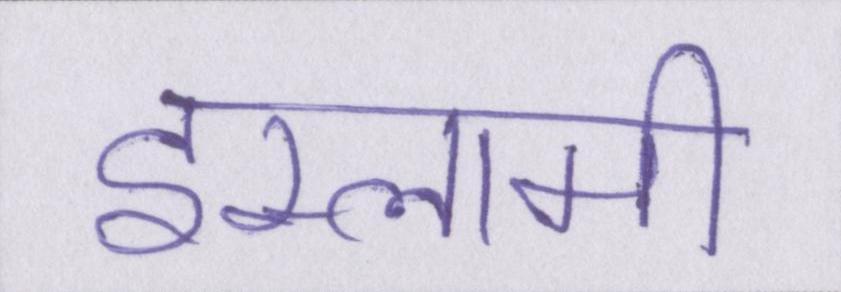
इस्लामी